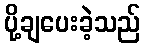
ပို့ချပေးခဲ့သည်